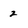
Character: 2